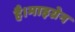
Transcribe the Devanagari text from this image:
है।माइग्रेन